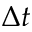
\Delta t